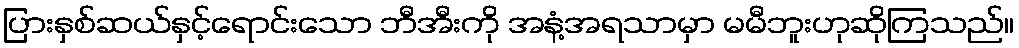
ပြားနှစ်ဆယ်နှင့်ရောင်းသော ဘီအီးကို အနံ့အရသာမှာ မမီဘူးဟုဆိုကြသည်။